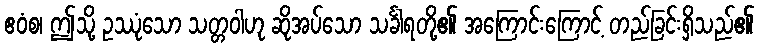
ဧဝံစ၊ ဤသို့ ဥဿုံသော သတ္တဝါဟု ဆိုအပ်သော သင်္ခါရတို့၏ အကြောင်းကြောင့် တည်ခြင်းရှိသည်၏